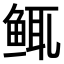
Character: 𫚚